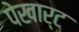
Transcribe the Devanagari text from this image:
पेखार्ट